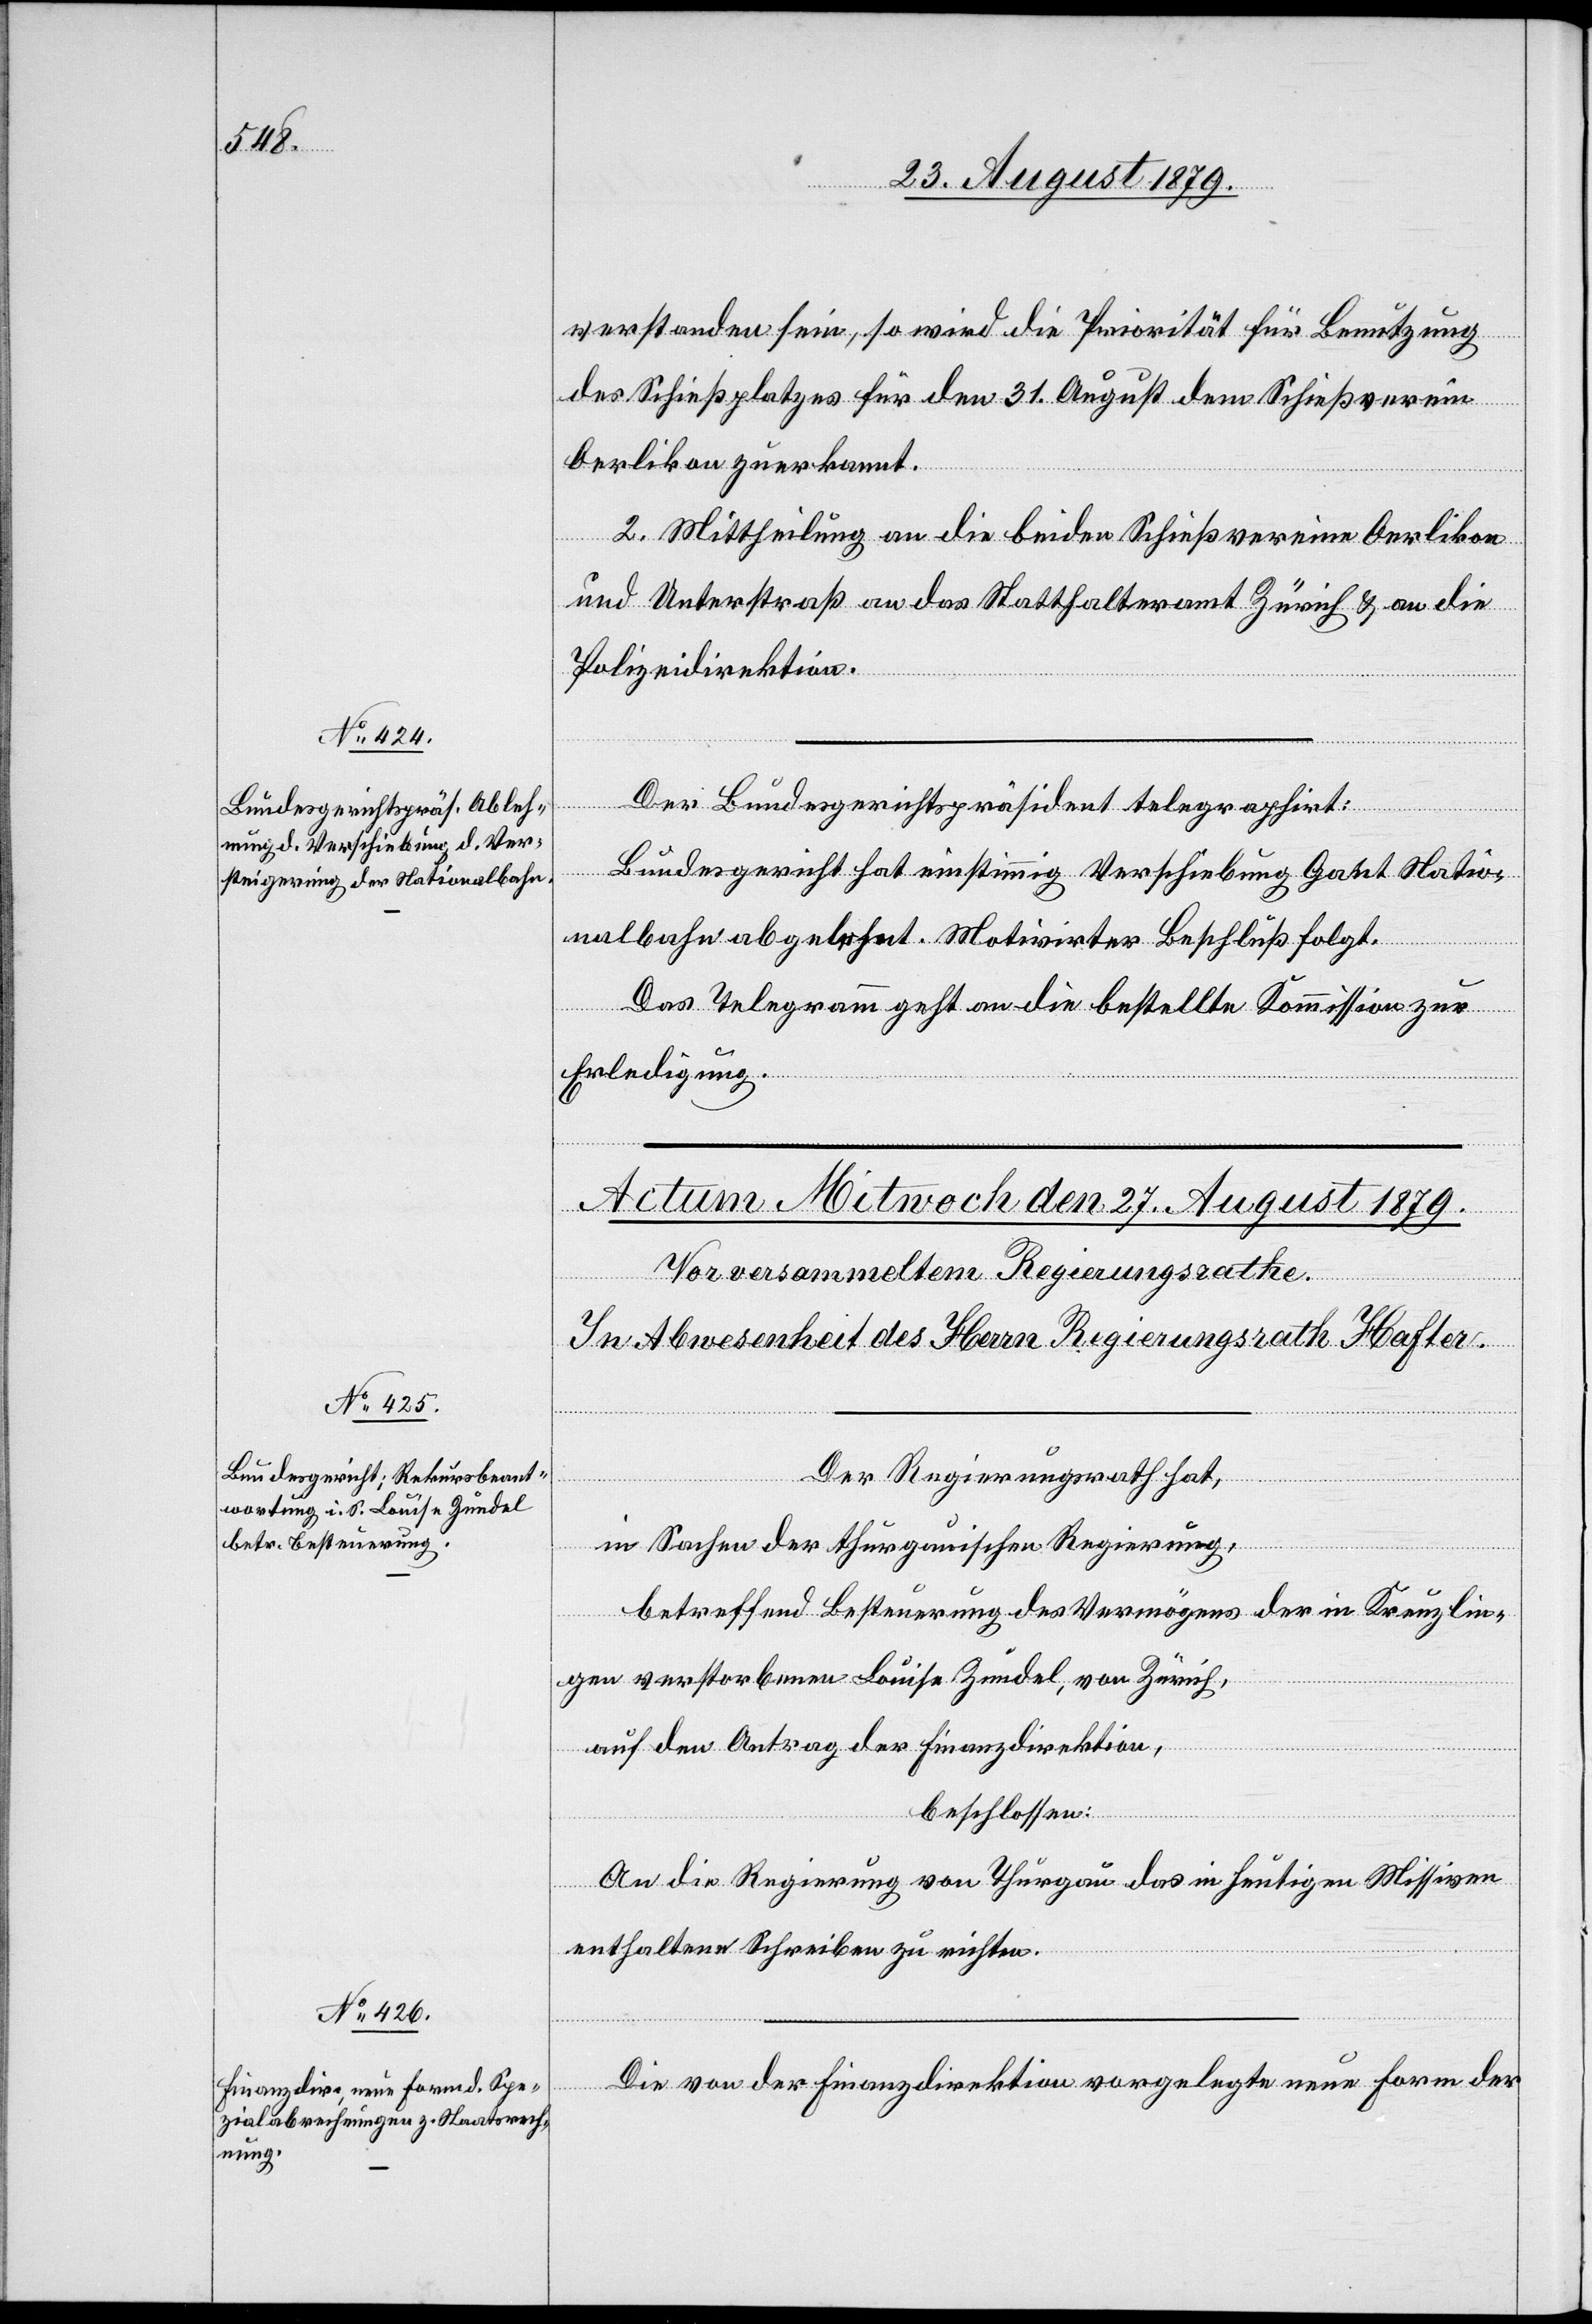
verstanden sein, so wird die Priorität für Benutzung
des Schießplatzes für den 31. August dem Schießverein
Oerlikon zuerkannt.
2. Mittheilung an die beiden Schießvereine Oerlikon
und Unterstraß an das Statthalteramt Zürich & an die
Polizeidirektion.
Der Bundesgerichtspräsident telegraphirt:
Bundesgericht hat einstimmig Verschiebung Gant Natio¬
nalbahn abgelehnt. Motivirter Beschluß folgt.
Das Telegramm geht an die bestellte Kommission zur
Erledigung.
Der Regierungsrath hat,
in Sachen der thurgauischen Regierung,
betreffend Besteuerung des Vermögens der in Kreuzlin¬
gen verstorbenen Louise Zundel, von Zürich,
auf den Antrag der Finanzdirektion,
beschlossen:
An die Regierung von Thurgau das in heutigen Missiven
enthaltene Schreiben zu richten.
Die von der Finanzdirektion vorgelegte neue Form der